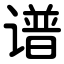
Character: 谱